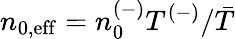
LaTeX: n_{0,\mathrm{{eff}}}=n_{0}^{(-)}T^{(-)}/\bar{T}